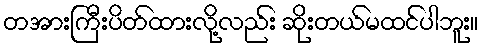
တအားကြီးပိတ်ထားလို့လည်း ဆိုးတယ်မထင်ပါဘူး။